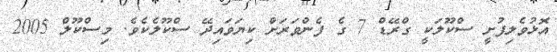
އޮޅުވެލިފުށީ ސްކޫލަކީ ގްރޭޑް 7 ގެ ފެންވަރަށް ކިޔަވައިދޭ ސްކޫލެކެވެ. މިސްކޫލް 2005